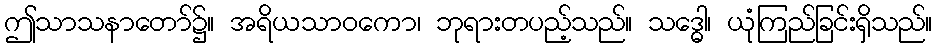
ဤသာသနာတော်၌။ အရိယသာဝကော၊ ဘုရားတပည့်သည်။ သဒ္ဓေါ၊ ယုံကြည်ခြင်းရှိသည်။